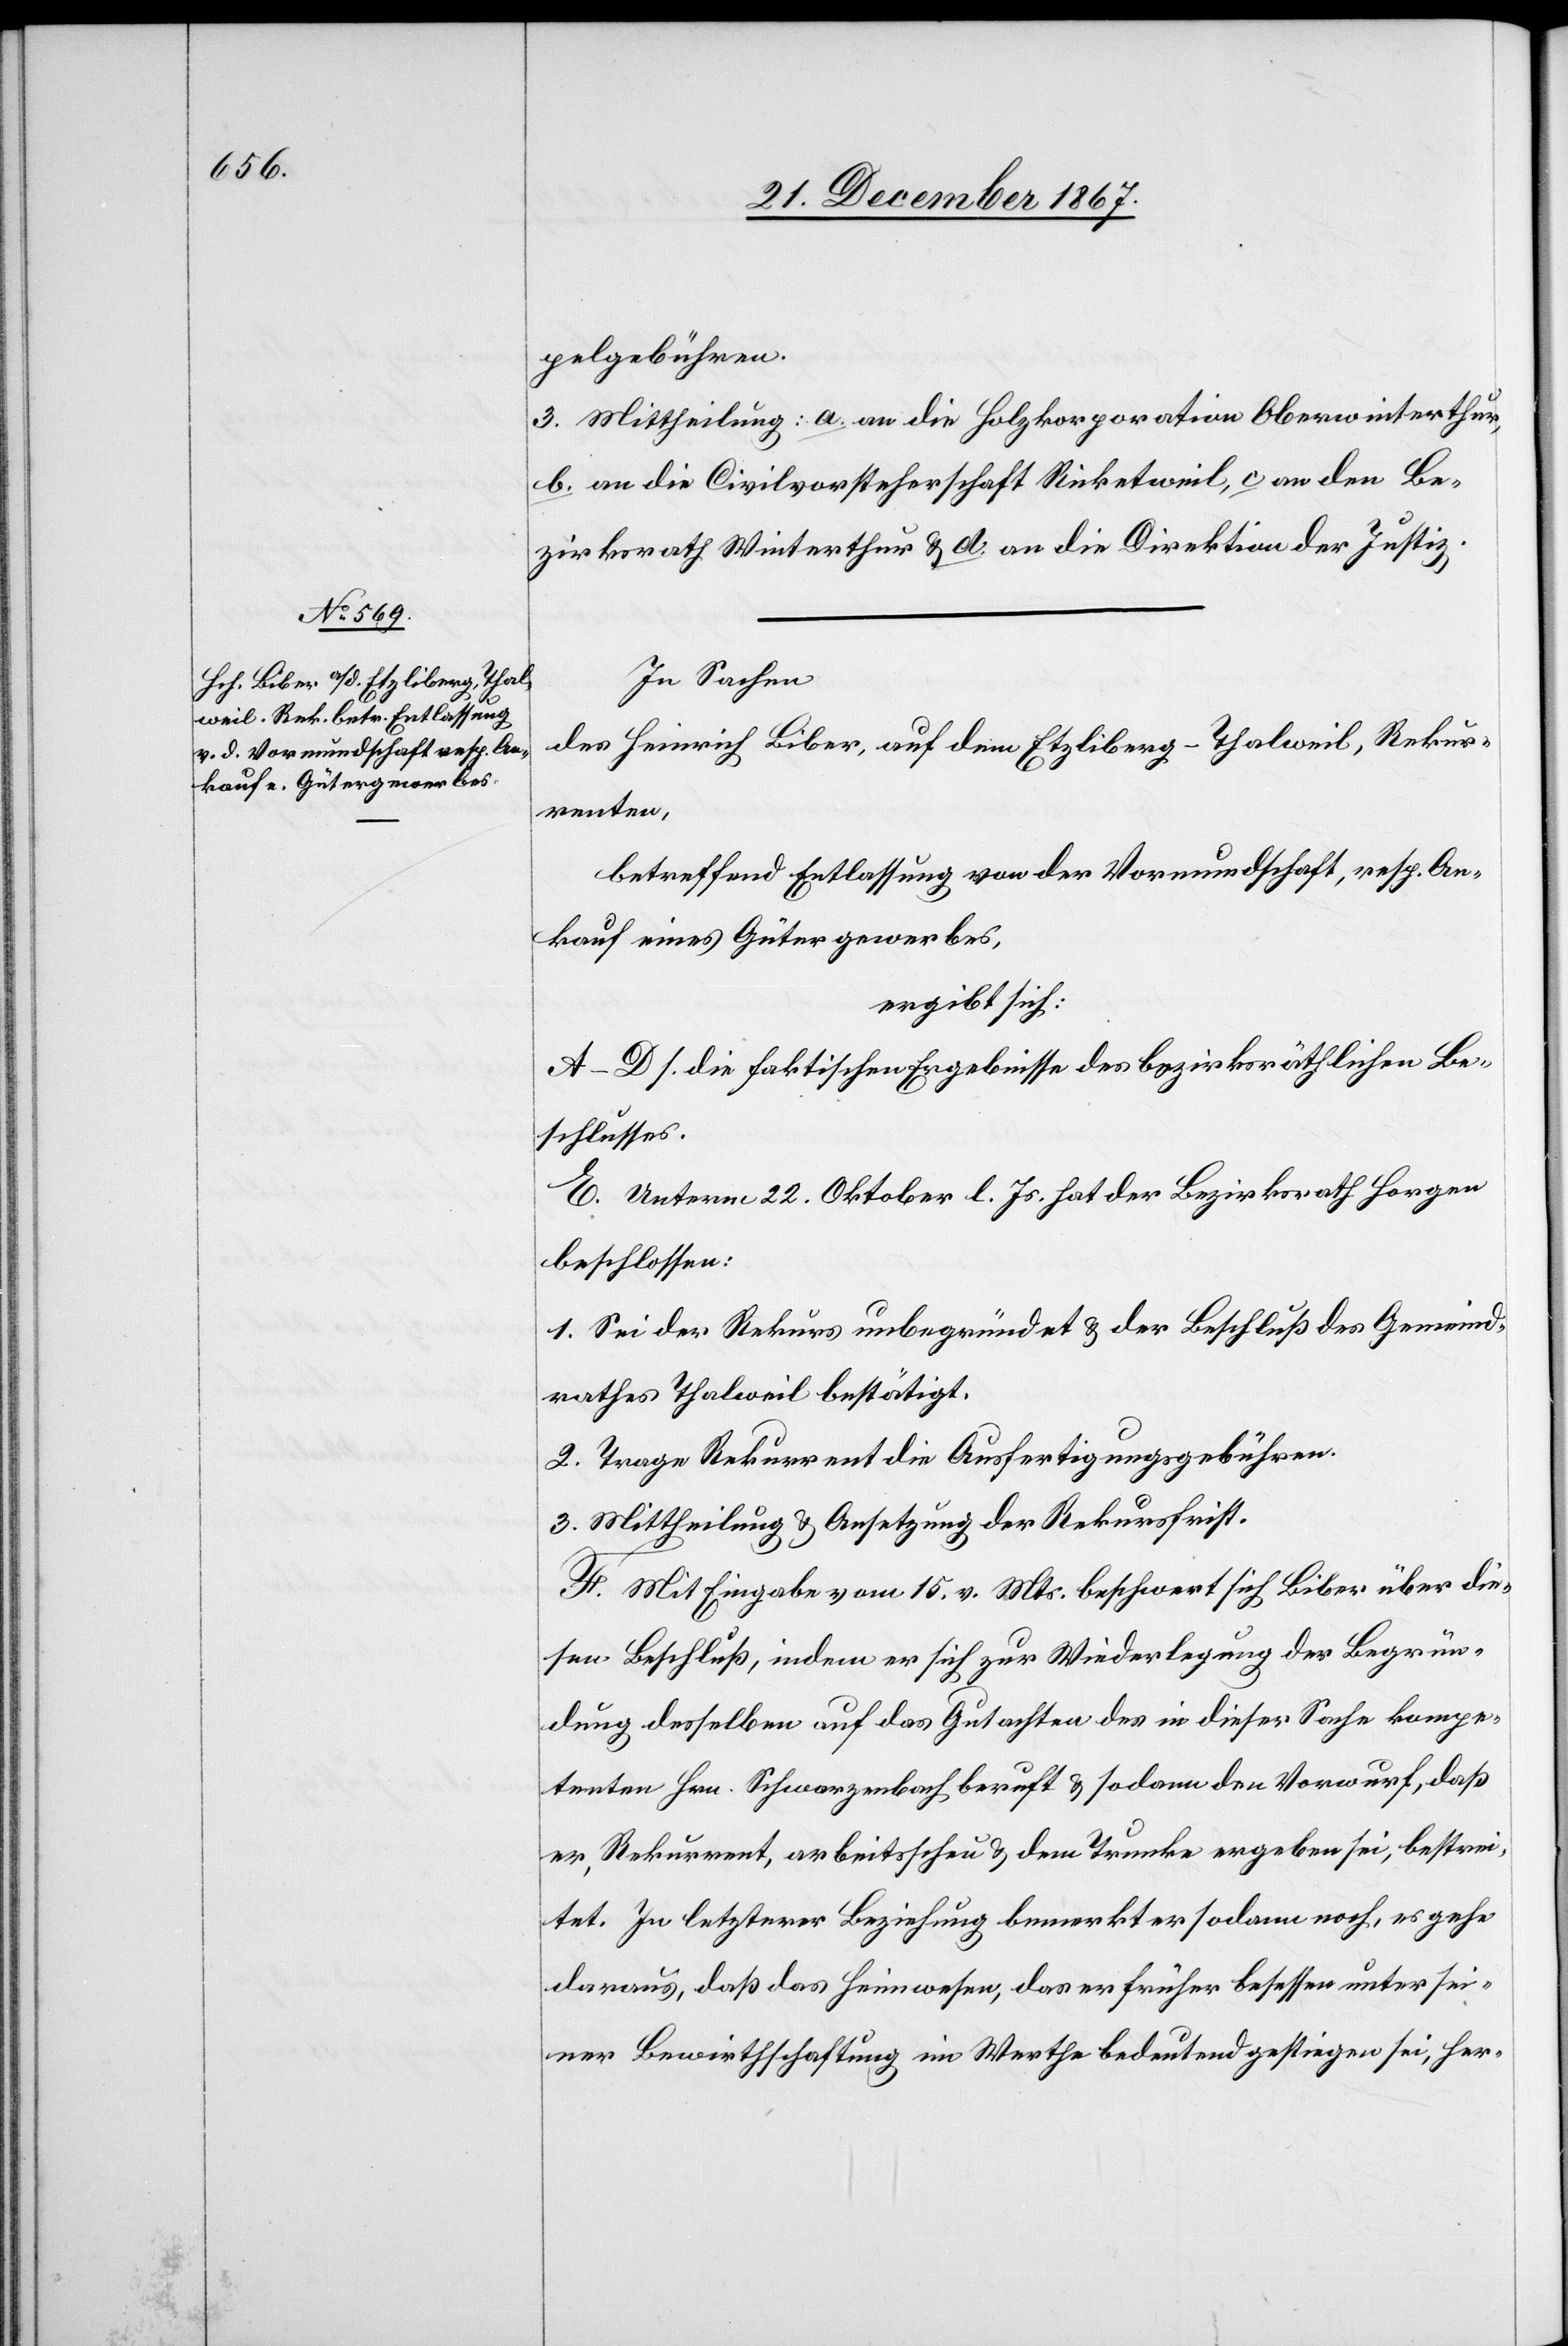
pelgebühren.
3. Mittheilung: a. an die Holzkorporation Oberwinterthur,
b. an die Civilvorsteherschaft Ricketweil, c. an den Be¬
zirksrath Winterthur, u. d. an die Direktion der Justiz.
In Sachen
des Heinrich Biber, auf dem Etzliberg-Thalweil, Rekur¬
renten,
betreffend Entlassung von der Vormundschaft, resp. An¬
kauf eines Gütergewerbes,
ergibt sich:
A–D s. die faktischen Ergebnisse des bezirksräthlichen Be¬
schlusses,
E. unterm 22. Oktober l. Js. hat der Bezirksrath Horgen
beschlossen:
1. Sei der Rekurs unbegründet u. der Beschluß des Gemeind¬
rathes Thalweil bestätigt.
2. Trage Rekurrent die Ausfertigungsgebühren.
3. Mittheilung u. Ansetzung der Rekursfrist.
F. Mit Eingabe vom 15. v. Mts. beschwert sich Biber über die¬
sen Beschluß, indem er sich zur Wiederlegung der Begrün¬
dung desselben auf das Gutachten des in dieser Sache kompe¬
tenten Hrn. Schwarzenbach beruft u. sodann den Vorwurf, daß
er, Rekurrent, arbeitsscheu u. dem Trunke ergeben sei, bestrei¬
tet. In letzterer Beziehung bemerkt er sodann noch, es gehe
daraus, daß das Heimwesen, das er früher besessen unter sei¬
ner Bewirthschaftung im Werthe bedeutend gestiegen sei, her-